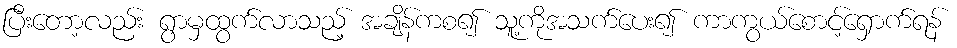
ပြီးတော့လည်း ရွာမှထွက်လာသည့် အချိန်ကစ၍ သူ့ကိုအသက်ပေး၍ ကာကွယ်စောင့်ရှောက်ရန်